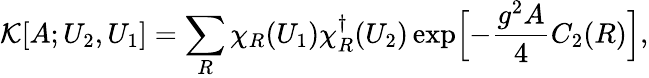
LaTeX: {\cal K}[A;U_{2},U_{1}]=\sum_{R}\chi_{R}(U_{1})\chi_{R}^{\dagger}(U_{2})\exp\Bigl[-\frac{g^{2}A}{4}C_{2}(R)\Bigr],